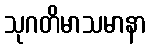
သုဂတိမာသမာနာ